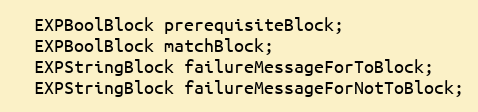
Language: C
  EXPBoolBlock prerequisiteBlock;
  EXPBoolBlock matchBlock;
  EXPStringBlock failureMessageForToBlock;
  EXPStringBlock failureMessageForNotToBlock;